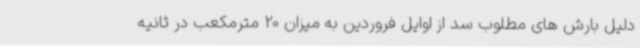
دلیل بارش های مطلوب سد از اوایل فروردین به میزان 20 مترمکعب در ثانیه